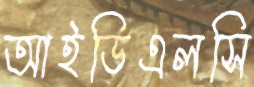
আইডিএলসি